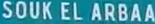
SOUK EL ARBAA